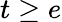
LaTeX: t\geq e